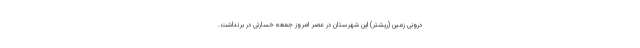
درونی زمین (ریشتر) این شهرستان در عصر امروز جمعه خسارتی در برنداشت.